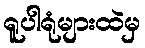
ရူပါရုံများထဲမှ